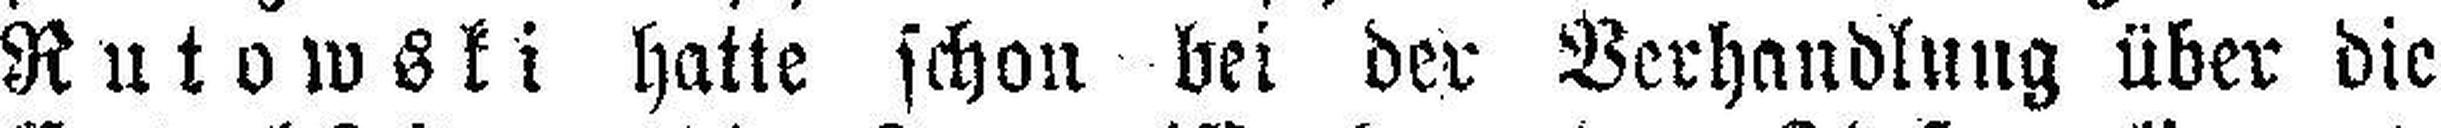
Rutowski hatte schon bei der Verhandlung über die